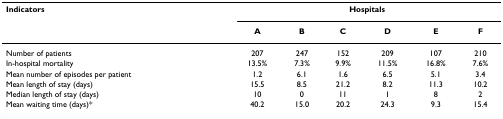
<table><thead><tr><td><b>Indicators</b></td><td colspan="6"><b>Hospitals</b></td></tr><tr><td></td><td><b>A</b></td><td><b>B</b></td><td><b>C</b></td><td><b>D</b></td><td><b>E</b></td><td><b>F</b></td></tr></thead><tbody><tr><td>Number of patients</td><td>207</td><td>247</td><td>152</td><td>209</td><td>107</td><td>210</td></tr><tr><td>In-hospital mortality</td><td>13.5%</td><td>7.3%</td><td>9.9%</td><td>11.5%</td><td>16.8%</td><td>7.6%</td></tr><tr><td>Mean number of episodes per patient</td><td>1.2</td><td>6.1</td><td>1.6</td><td>6.5</td><td>5.1</td><td>3.4</td></tr><tr><td>Mean length of stay (days)</td><td>15.5</td><td>8.5</td><td>21.2</td><td>8.2</td><td>11.3</td><td>10.2</td></tr><tr><td>Median length of stay (days)</td><td>10</td><td>0</td><td>11</td><td>1</td><td>8</td><td>2</td></tr><tr><td>Mean waiting time (days)*</td><td>40.2</td><td>15.0</td><td>20.2</td><td>24.3</td><td>9.3</td><td>15.4</td></tr></tbody></table>